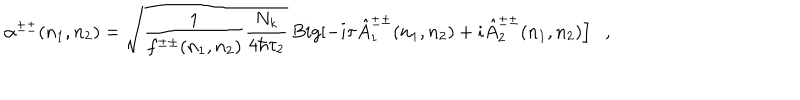
\alpha ^ { \pm \pm } ( n _ { 1 } , n _ { 2 } ) = \sqrt { \frac { 1 } { f ^ { \pm \pm } ( n _ { 1 } , n _ { 2 } ) } \frac { N _ { k } } { 4 \hbar \tau _ { 2 } } } \, B i g [ - i \tau \hat { A } _ { 1 } ^ { \pm \pm } ( n _ { 1 } , n _ { 2 } ) + i \hat { A } _ { 2 } ^ { \pm \pm } ( n _ { 1 } , n _ { 2 } ) \Big ] \ \ \ ,